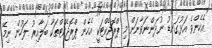
އެހެންވެ އަޅުގަނޑު ނުދަންނަވާނަން މި ޕްރޮޖެކްޓަކީ އެހެން ޕްރޮޖެކްޓްތަކާ ބަލާއިރު ލަހުން ނިމޭ